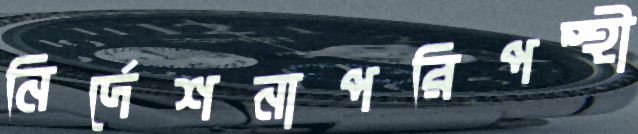
নির্দেশনাপরিপন্থী